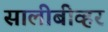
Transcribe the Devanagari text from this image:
सालीबीव्हर